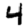
Digit: 4